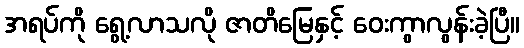
အရပ်ကို ရွေ့လာသလို ဇာတိမြေနှင့် ဝေးကွာလွန်းခဲ့ပြီ။